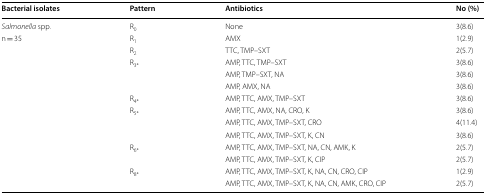
<table><thead><tr><td><b>Bacterial isolates</b></td><td><b>Pattern</b></td><td><b>Antibiotics</b></td><td><b>No (%)</b></td></tr></thead><tbody><tr><td><i>Salmonella</i> spp.</td><td>R<sub>0</sub></td><td>None</td><td>3(8.6)</td></tr><tr><td>n = 35</td><td>R<sub>1</sub></td><td>AMX</td><td>1(2.9)</td></tr><tr><td></td><td>R<sub>2</sub></td><td>TTC, TMP–SXT</td><td>2(5.7)</td></tr><tr><td></td><td>R<sub>3*</sub></td><td>AMP, TTC, TMP–SXT</td><td>3(8.6)</td></tr><tr><td></td><td></td><td>AMP, TMP–SXT, NA</td><td>3(8.6)</td></tr><tr><td></td><td></td><td>AMP, AMX, NA</td><td>3(8.6)</td></tr><tr><td></td><td>R<sub>4*</sub></td><td>AMP, TTC, AMX, TMP–SXT</td><td>3(8.6)</td></tr><tr><td></td><td>R<sub>5*</sub></td><td>AMP, TTC, AMX, NA, CRO, K</td><td>3(8.6)</td></tr><tr><td></td><td></td><td>AMP, TTC, AMX, TMP–SXT, CRO</td><td>4(11.4)</td></tr><tr><td></td><td></td><td>AMP, TTC, AMX, TMP–SXT, K, CN</td><td>3(8.6)</td></tr><tr><td></td><td>R<sub>6*</sub></td><td>AMP, TTC, AMX, TMP–SXT, NA, CN, AMK, K</td><td>2(5.7)</td></tr><tr><td></td><td></td><td>AMP, TTC, AMX, TMP–SXT, K, CIP</td><td>2(5.7)</td></tr><tr><td></td><td>R<sub>8*</sub></td><td>AMP, TTC, AMX, TMP–SXT, K, NA, CN, CRO, CIP</td><td>1(2.9)</td></tr><tr><td></td><td></td><td>AMP, TTC, AMX, TMP–SXT, K, NA, CN, AMK, CRO, CIP</td><td>2(5.7)</td></tr></tbody></table>